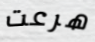
هرعت